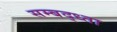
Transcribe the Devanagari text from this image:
सम्बद्ध्ता